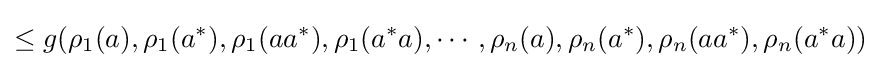
\leq g(\rho _{1}(a),\rho _{1}(a^{*}),\rho _{1}(aa^{*}),\rho _{1}(a^{*}a),\cdots ,\rho _{n}(a),\rho _{n}(a^{*}),\rho _{n}(aa^{*}),\rho _{n}(a^{*}a))